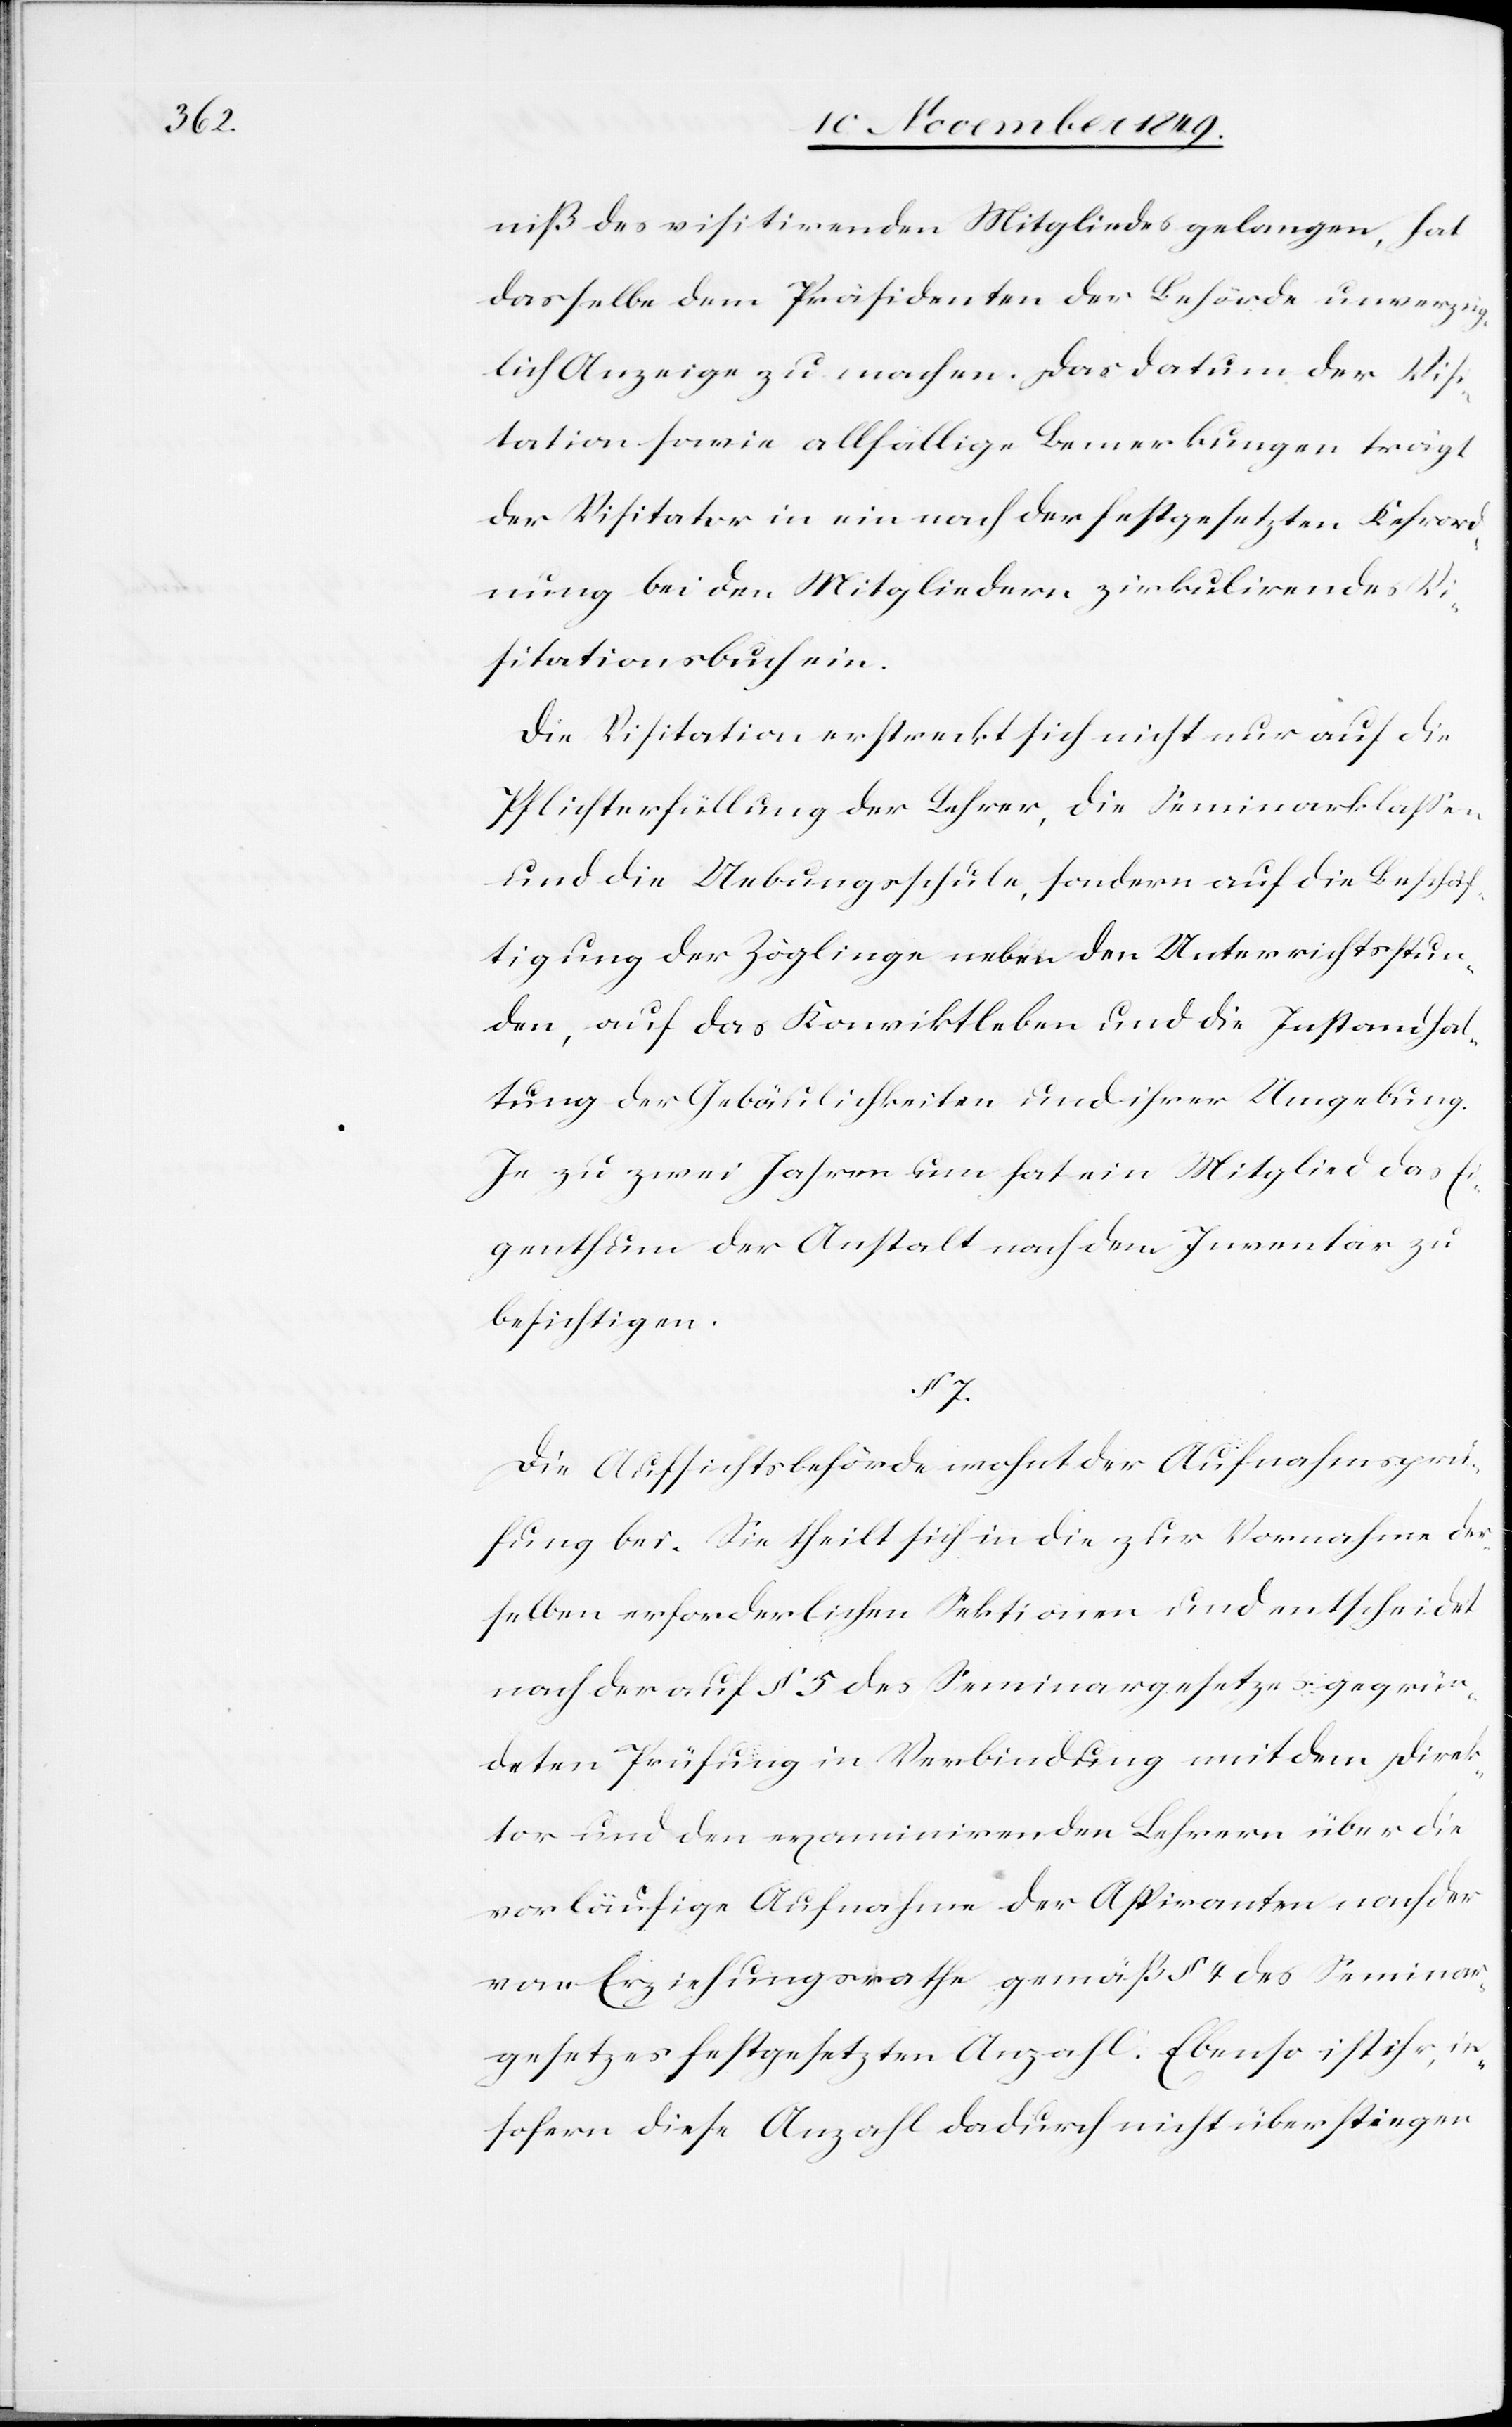
niß des visitirenden Mitgliedes gelangen, hat
dasselbe dem Präsidenten der Behörde unverzüg¬
lich Anzeige zu machen. Das Datum der Visi¬
tation sowie allfällige Bemerkungen trägt
der Visitator in ein nach der festgesetzten Kehrord¬
nung bei den Mitgliedern zirkulirendes Vi¬
sitationsbuch ein.
Die Visitation erstreckt sich nicht nur auf die
Pflichterfüllung der Lehrer, die Seminarklaßen
und die Uebungsschule, sondern auf die Beschäf¬
tigung der Zöglinge neben den Unterrichtsstun¬
den, auf das Konviktleben und die Instandhal¬
tung der Gebäulichkeiten und ihrer Umgebung.
Je zu zwei Jahren um hat ein Mitglied das Ei¬
genthum der Anstalt nach dem Inventar zu
besichtigen.
§ 7.
Die Aufsichtsbehörde wohnt der Aufnahmsprü¬
fung bei. Sie theilt sich in die zur Vornahme der¬
selben erforderlichen Sektionen und entscheidet
nach der auf § 5 des Seminargesetzes gegrün¬
deten Prüfung in Verbindung mit dem Direk¬
tor und den examinirenden Lehrern über die
vorläufige Aufnahme der Aspiranten nach der
vom Erziehungsrathe gemäß § 4 des Seminar¬
gesetzes festgesetzten Anzahl. Ebenso ist ihr, in¬
sofern diese Anzahl dadurch nicht überstiegen